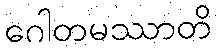
ဂေါတမဿာတိ